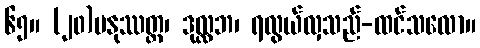
၆၅။ (၂၀)မနုဿတ္တ၊ ဒုလ္လဘ၊ ရလွယ်လှသည်-ထင်သလော။